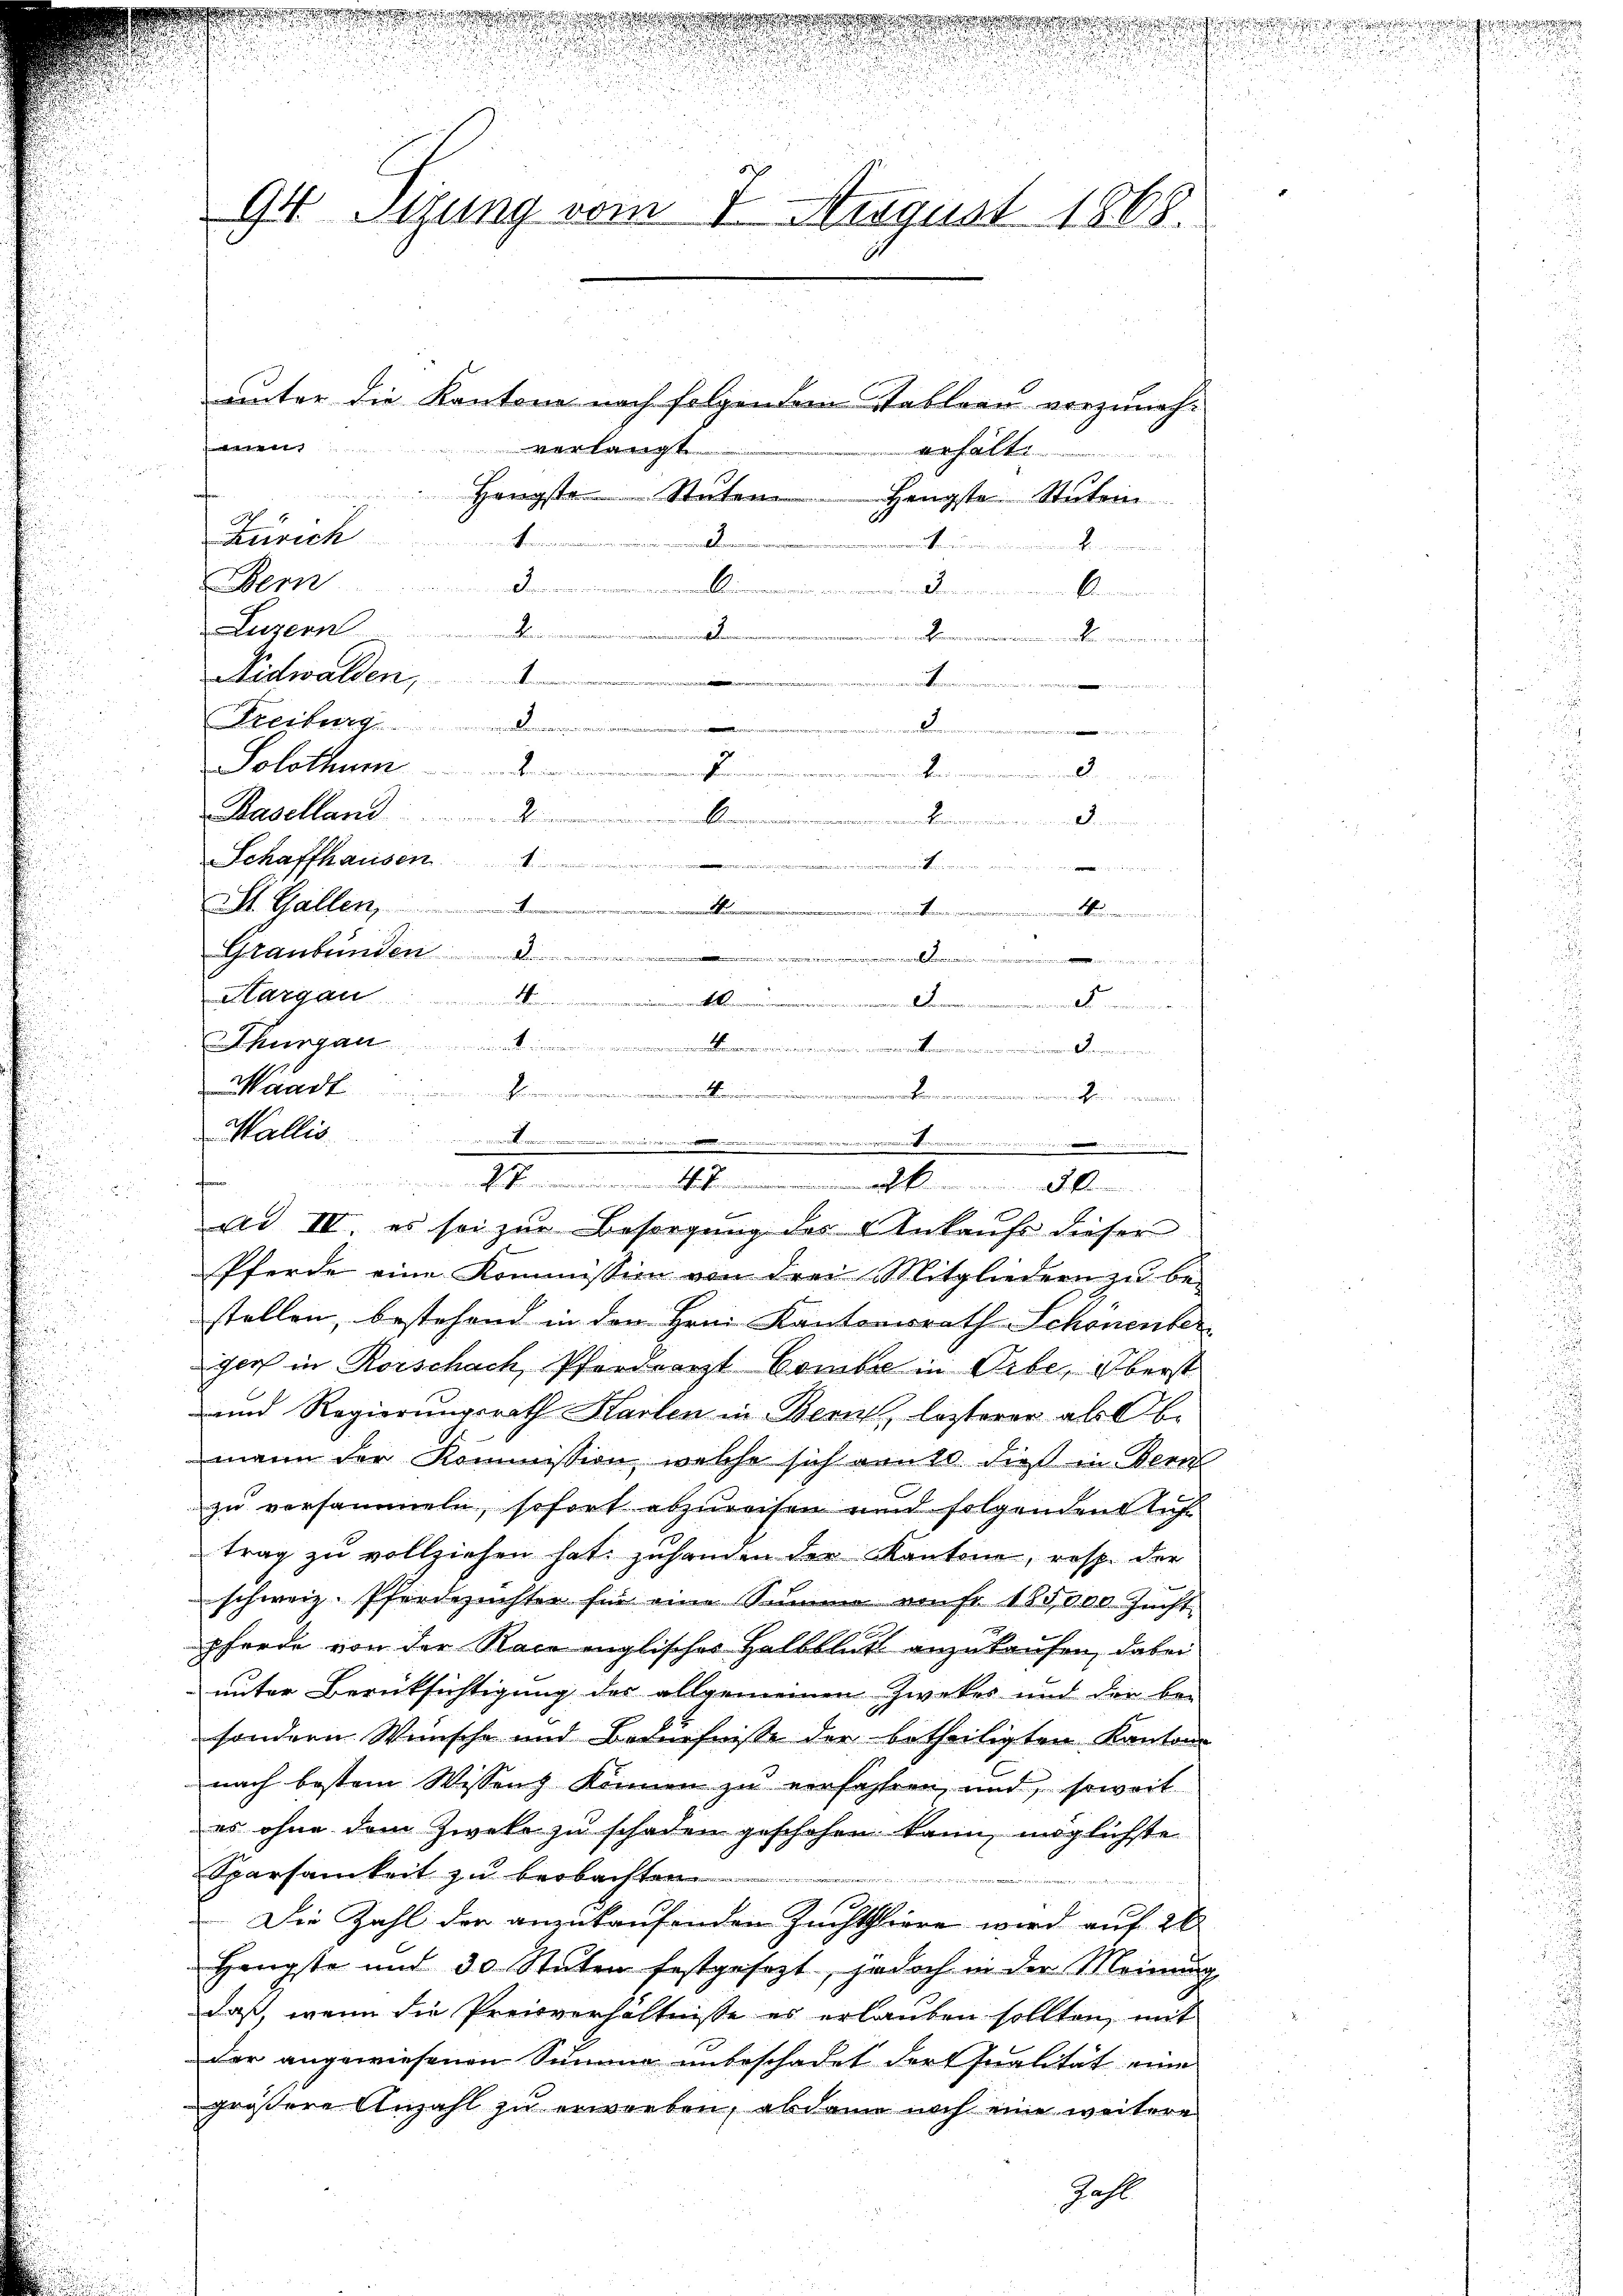
94 Sizung vom 7. August 1868.
unter die Kantone nach folgendem Stableau vorzunehm
verlangt
erhälte

u
Hengste Stŭten Hengste Stuten
Zusich
n
auterun
Bern
.................................
Luzern
n den in
Nidwalden,
Freiburg
Schaffhausen
I. Gallen,
Thurgau
aadt
Wallis
f
Pferde eine Kommission von drei Mitgliedern zu be-
stellen, bestehend in der Hrn. Kantonsrath Schönenber
ger in Rorschach Pferdearzt Combre in Orte, Oberst
und Regierungsrath Karten in Bern, lezterer als Obe
mann der Kommission welche sich von 10 dieß in Ber
zu versammeln, sofort abzureisen und folgendentlicht
trag zu vollziehen hat, zuhanden der Kantone, resp. der
schweiz. Pferdezuchter für eine Summe auf 185,000 Zŭcht
pferde von der Race englisches Halbblick anzukaufen, dabei
unter Berücksichtigung des allgemeinen Zweker und der be-
sondern Wünsche und Bedürfnisse der betheiligten Kantons
nach bestem Wissen können zu verfahren, und, soweit
es ohne dem Zweke zu schaden geschehen kann, möglichste
Sparsamkeit zu beobachten
s
f
Die Zahl der anzukaufenden Zuchtshiere wird auf 20
Hengste und 30 Stuten festgesezt, jedoch in der Meinung
daß, wenn die Preisverhältnisse es erlauben sollten, mit
der angewiesenen Sunang unbeschadet der Qualität eine
größere Anzahl zu erworben, abdann noch eine weitere
Zahl

sa
d

wichten
.
e
.
..................
Solothum
Baselland ....................
aken einen, wenn ein ein ein
.
.............
2
Graubünden
Hargau ..............................
.....................

..................................................
e
ude und der in de
l
ad IV. es sei zur Besorgung des Ankaufe dieser